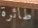
طائرة